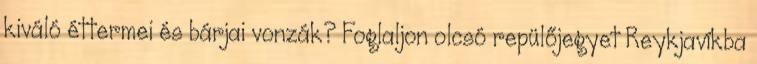
kiváló éttermei és bárjai vonzák? Foglaljon olcsó repülőjegyet Reykjavíkba